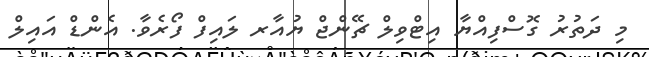
މި ދަތުރު ގޮސްފިއްޔާ އިޓްވިލް ޗޭންޖް ޔުއާރ ލައިފް ފޯރެވާ. އެންޑް އައިލް